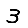
Digit: 3